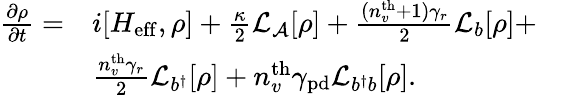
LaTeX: \begin{array}{rlr}{\frac{\partial\rho}{\partial t}=}&{i[H_{\mathrm{eff}},\rho]+\frac{\kappa}{2}\mathcal{L}_{\mathcal{A}}[\rho]+\frac{(n_{v}^{\mathrm{th}}+1)\gamma_{r}}{2}\mathcal{L}_{b}[\rho]+}&\\ &{\frac{n_{v}^{\mathrm{th}}\gamma_{r}}{2}\mathcal{L}_{b^{\dagger}}[\rho]+{n_{v}^{\mathrm{th}}\gamma_{\mathrm{pd}}}\mathcal{L}_{b^{\dagger}b}[\rho].}&\end{array}